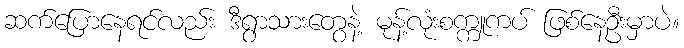
ဆက်ပြောနေရင်လည်း ဒီရွာသားတွေနဲ့ မုန့်လုံးစက္ကူကပ် ဖြစ်နေဦးမှာပဲ။